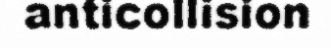
anticollision